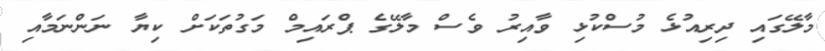
މާލޭގައި ދިރިއުޅެ މުސްކުޅި ވާއިރު ވެސް މާލޭގެ ޕްރައިމް މަގުތަކަށް ކިޔާ ނަންނަމާއި